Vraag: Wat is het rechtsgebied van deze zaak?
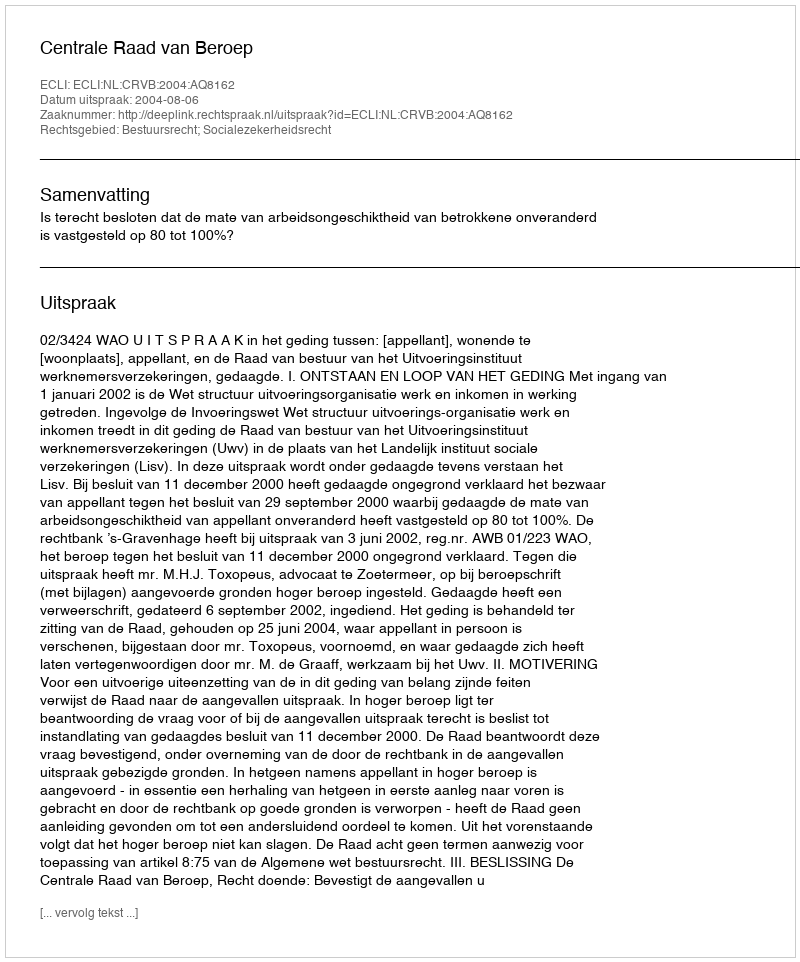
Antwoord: Bestuursrecht; Socialezekerheidsrecht